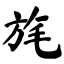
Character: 旄